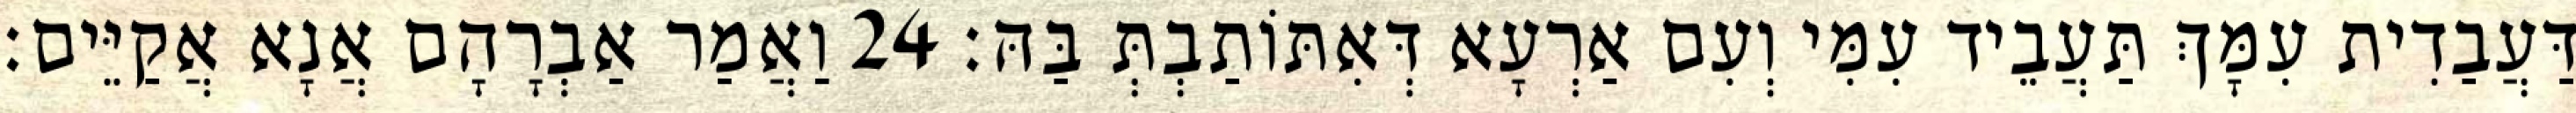
דַּעֲבַדִית עִמָּךְ תַּעֲבֵיד עִמִּי וְעִם אַרְעָא דְּאִתּוֹתַבְתְּ בַּהּ׃ 24 וַאֲמַר אַבְרָהָם אֲנָא אֲקַיֵּים׃